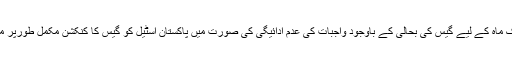
ذرائع نے بتایا کہ ایک ماہ کے لیے گیس کی بحالی کے باوجود واجبات کی عدم ادائیگی کی صورت میں پاکستان اسٹیل کو گیس کا کنکشن مکمل طورپر منقطع کردیا جائے گا۔